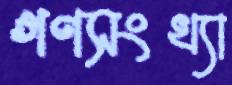
গণসংখ্যা